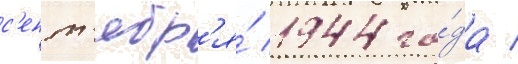
с'ент'ябр'я́ 1944 го́да /